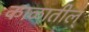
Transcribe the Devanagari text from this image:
काळातील्